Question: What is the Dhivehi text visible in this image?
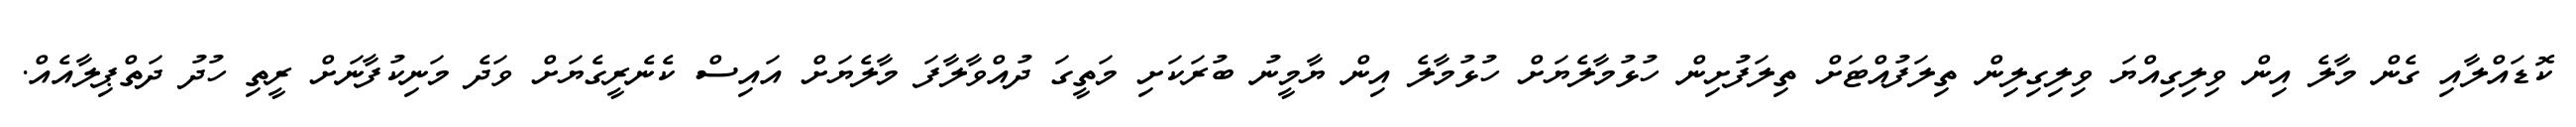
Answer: ކޮޑައްލާއި ގެން މާލެ އިން ވިލިގިއްޔަ ވިލިގިލިން ތިލަފުއްޓަށް ތިލަފުށިން ހުޅުމާލެޔަށް ހުޅުމާލެ އިން ޔާމީނު ބުރަކަށި މަތީގަ ދުއްވާލާފަ މާލެޔަށް އައިސް ކެނެރީގެޔަށް ވަދެ މަނިކުފާނަށް ރީތި ހުދު ދަތްޕިލާއެއް.